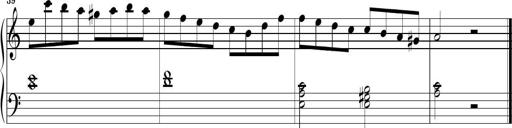
Title: Piano Sonatina No.1
Composer: Dimitri Sykias
Key: D minor